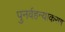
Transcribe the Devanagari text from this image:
पुनर्वहन्‍याकरण